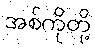
အစ်ကိုတို့